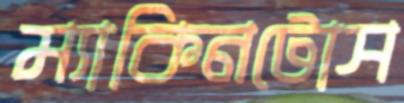
ম্যাকিনটোস